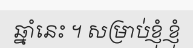
ឆ្នាំនេះ ។ សម្រាប់ខ្ញុំ ខ្ញុំ